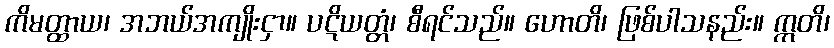
ကိမတ္ထာယ၊ အဘယ်အကျိုးငှာ။ ပဋိယတ္တံ၊ စီရင်သည်။ ဟောတိ၊ ဖြစ်ပါသနည်း။ ဣတိ၊